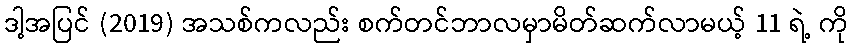
ဒါ့အပြင် (2019) အသစ်ကလည်း စက်တင်ဘာလမှာမိတ်ဆက်လာမယ့် 11 ရဲ့ ကို